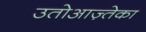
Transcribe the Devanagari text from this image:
उतोआज़्तेका